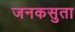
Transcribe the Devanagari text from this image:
जनकसुता